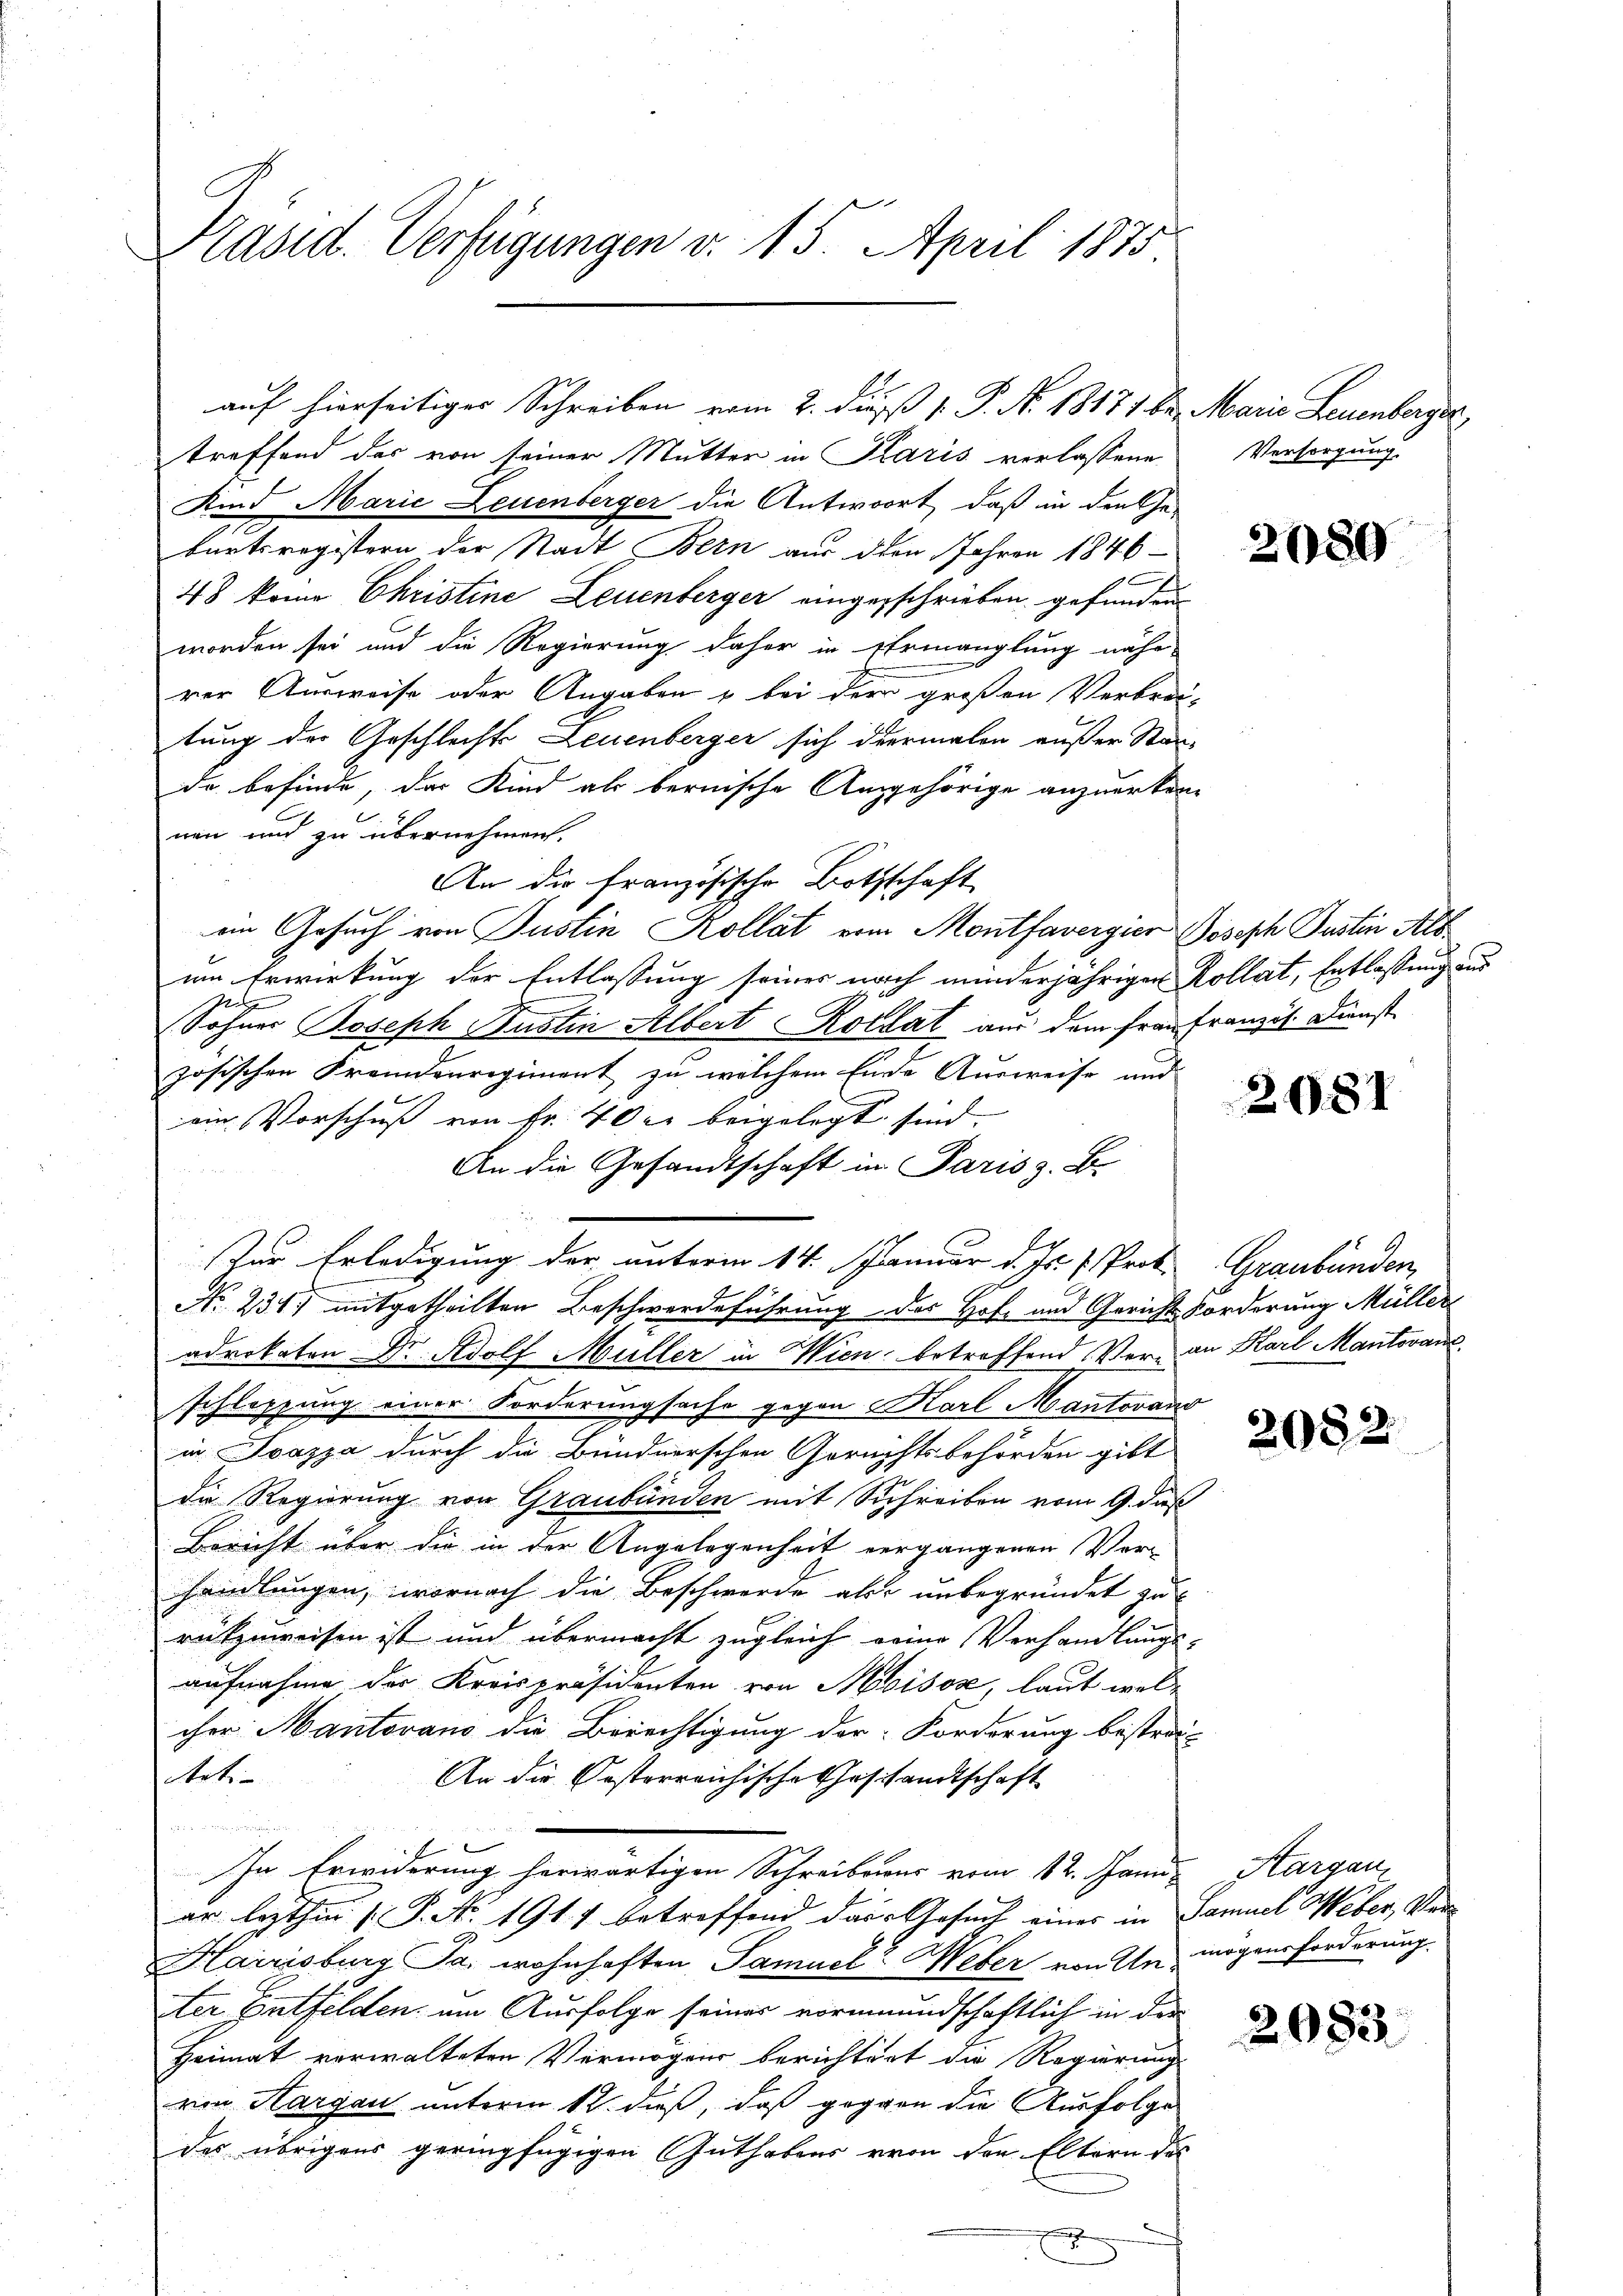
Präsid. Verfügungen v. 15. April 1875

treffend das von seiner Mutter in Paris verlassene
Kind Marie Leuenberger die Antwort, daß in den Ge-
burtsregistern der Stadt Bern aus den Jahren 1846
48 keine Christine Leuenberger eingerschrieben gefunden
worden sei und die Regierung daher in Ermanglung nähe
rer Ausweise oder Angaben & bei der großen Verbrei-
tung der Geschlechts Leuenberger sich dermalen außer Stande befinde, das Kind als bernische Angehörige anzuerken-
nen und zu übernehmen.
An die französische Bothschaft
on Gesuch von Justin Kollat vom Montfavergier Joseph Justin Alt
um Erwirkung der Entlassung seines nach minderjähriger Kollat, Entlassung au
Ped
(Sohner Joseph Bustin Albert Kollat aus dem Frau Franzis. Dienst
zösischen Fremdenregiment zu welchem Ende Ausweise und
ein Vorschuß von Fr. 40 er beigelegt sind. |
An die Gesandtschaft in Paris z. B.
No. 231. mitgetheilten Beschwerdeführung des Hof- und Gerichts Forderung Müller
adrikaton Dr. Adolf Müller in Wien, betreffend Ver- an Karl Mantovan
schleppung einer Forderungsache gegen Karl Mantovano
in Svazza durch die Bündnerschen Gerechtsbehörden gibt
die Regierung von Graubünden mit Schreiben vom 9. daß
Bericht über die in der Angelegenheit vergangenen Ver-
handlungen, wornach die Beschwerde als unbegründet zu
rükzuweisen ist und übermacht zugleich seine Verhandlungs-
aufnahme der Kreispräsidenten von Moisox, laut wel-
cher Hantovano die Berechtigung der Forderung bestra-
teti
An die Oesterreichische Geschandtschaft

In Erwiderung herwärtigen Schreibens vom 12. Janu
ar lezthin (P. Nr. 1917 betreffend das Gesuch eines in Samuel Weber, Ver
Hairisburg Ja wohnhaften Samuel Weber von Un mögensforderung.
ter Entfelden, um Ausfolge seiner vormundschaftlich in der
Heimat verwalteten Vermögens berichtert die Regierung
rin Hargau unterm 12. dieß, daß gegen die Ausfolge
des übrigens geringfügigen Guthabens von der Eltern des
.

Zur Erledigung der unterm 14. Januar d. Js. u. Prot

auf hierseitiges Schreiben vom 2. dieß 1. P. No. 18171 bis Marie Leuenberger

Versorgung.

2089

2081

Graubünden

2082.

Aargau

2083